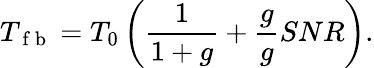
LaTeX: T_{\mathrm{~f~b~}}=T_{0}\left(\frac{1}{1+g}+\frac{g}{g}{SNR}\right).